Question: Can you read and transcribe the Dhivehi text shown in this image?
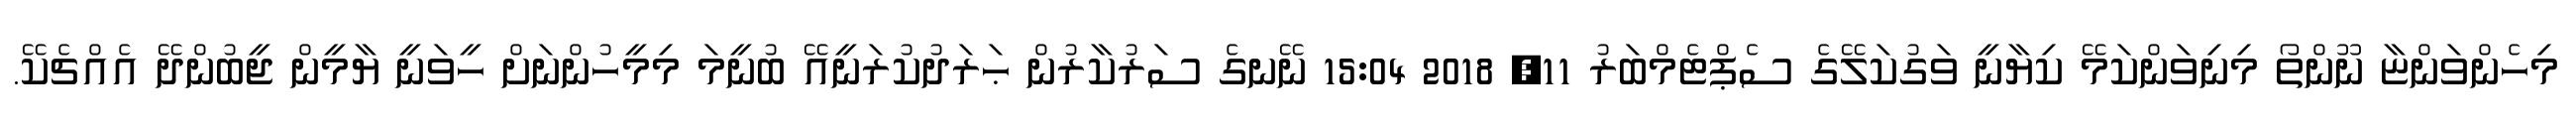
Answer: މިހެންވަންޏާ ނޫންތޯ މިނިވަންކަމޭ ކިޔާނީ ވަގުކަލޭގެ ސެޕްޓެމްބަރު 11, 2018 15:04 ނޭނގެ ސަރުކާރުން ޙަރަދުކުރަނީއޭ ބުނީމަ މިމީހުންނަށް ހީވަނީ ޔާމީން ޖީބުންދޭ އެއްޗެކޭ.